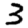
Digit: 3